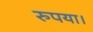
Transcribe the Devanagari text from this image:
रुपया।